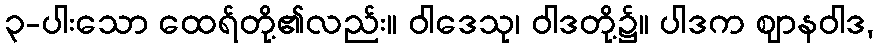
၃-ပါးသော ထေရ်တို့၏လည်း။ ဝါဒေသု၊ ဝါဒတို့၌။ ပါဒက ဈာနဝါဒ,